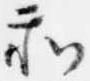
和